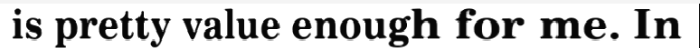
is pretty value enough for me. In